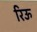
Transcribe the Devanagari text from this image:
रिऊ